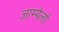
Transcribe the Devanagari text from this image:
ज़ाम्पेर्ला